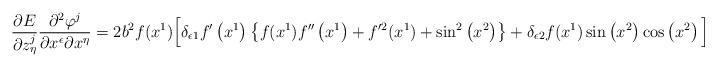
LaTeX: \begin{align*}\frac{\partial E}{\partial z^j_{\eta}}\frac{\partial^2\varphi^j} {\partial x^{\epsilon}\partial x^{\eta}}= 2b^2f(x^1)\Big[\delta_{\epsilon 1} f' \left( x^1\right) \left\lbrace f(x^1)f''\left( x^1\right)+f'^2(x^1)+\sin^2\left( x^2\right)\right\rbrace +\delta_{\epsilon 2} f(x^1) \sin\left( x^2\right) \cos\left( x^2\right) \Big].\end{align*}